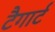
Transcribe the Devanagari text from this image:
टैगार्ट